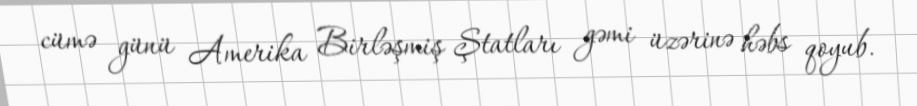
cümə günü Amerika Birləşmiş Ştatları gəmi üzərinə həbs qoyub.